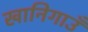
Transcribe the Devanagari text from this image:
खानिगाउँ